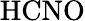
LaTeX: \mathrm{HCNO}